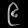
Digit: ၉